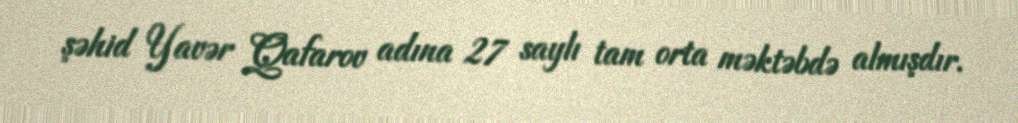
şəhid Yavər Qafarov adına 27 saylı tam orta məktəbdə almışdır.